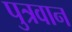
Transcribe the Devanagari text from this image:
पुत्रवान